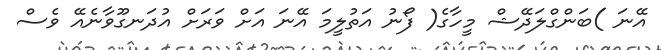
އޭނަ )ބަންގްލަދޭޝް މީހާގެ( ފޯނު އަތުލީމަ އޭނަ އަށް ވަރަށް އުދަނގޫވާނެއޭ ވެސް